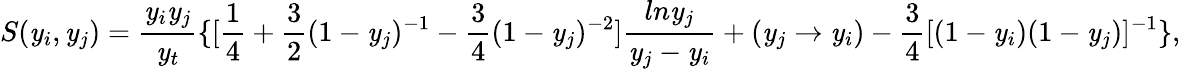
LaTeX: S(\mathit{y}_{i},\mathit{y}_{j})={\frac{{\mathit{y}_{i}\mathit{y}_{j}}}{{\mathit{y}_{t}}}}\{ [{\frac{{1}}{{4}}}+{\frac{{3}}{{2}}}(1-\mathit{y}_{j})^{-1}-{\frac{{3}}{{4}}}(1-\mathit{y}_{j})^{-2}]{\frac{{ln\mathit{y}_{j}}}{{\mathit{y}_{j}-\mathit{y}_{i}}}}+(\mathit{y}_{j}\to\mathit{y}_{i})-{\frac{{3}}{{4}}}[(1-\mathit{y}_{i})(1-\mathit{y}_{j})]^{-1}\} ,